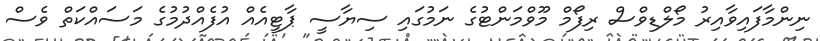
ނިންމާފައިވާއިރު މޯލްޑިވްސް ރިފޯމް މޫވްމަންޓުގެ ނަމުގައި ސިޔާސީ ޕާޓީއެއް އުފެއްދުމުގެ މަސައްކަތް ވެސް